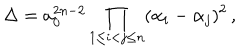
\Delta = a _ { 0 } ^ { 2 n - 2 } \prod _ { 1 \le i < j \le n } ( \alpha _ { i } - \alpha _ { j } ) ^ { 2 } \, ,